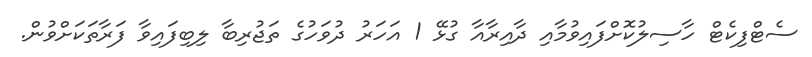
ސެޓްފިކެޓް ހާސިލުކޮށްފައިވުމާއި ދާއިރާއާ ގުޅޭ 1 އަހަރު ދުވަހުގެ ތަޖުރިބާ ލިބިފައިވާ ފަރާތަކަށްވުން.